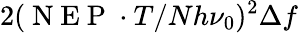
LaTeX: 2(\mathrm{~N~E~P~}\cdot T/Nh\nu_{0})^{2}\Delta f